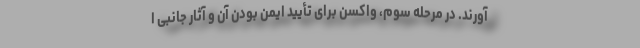
آورند. در مرحله سوم، واکسن برای تأیید ایمن بودن آن و آثار جانبی ا